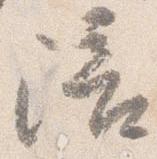
陪